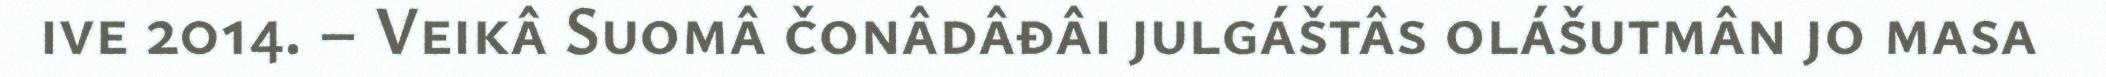
ive 2014. – Veikâ Suomâ čonâdâđâi julgáštâs olášutmân jo masa